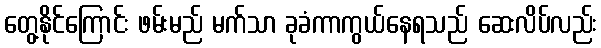
တွေ့နိုင်ကြောင်း ဖမ်းမည် မက်သာ ခုခံကာကွယ်နေရသည် ဆေးလိပ်လည်း